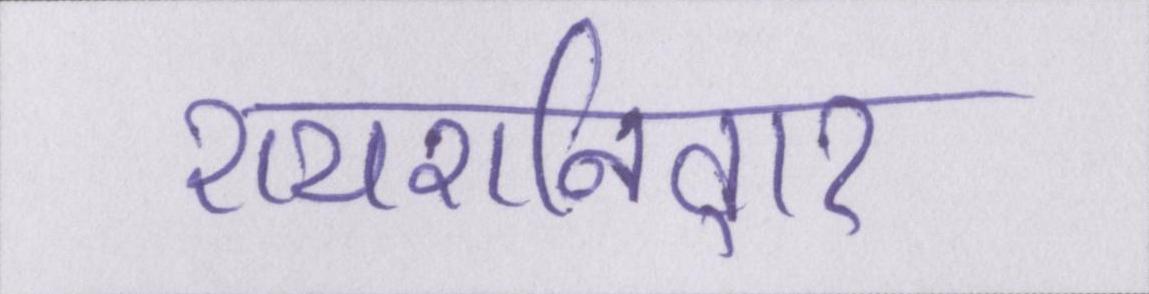
रायशनिवार